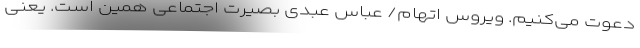
دعوت می‌کنیم. ویروس اتهام/ عباس عبدی بصیرت اجتماعی همین است. یعنی